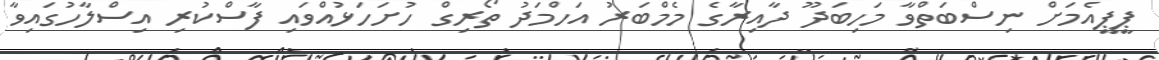
ޕީޕީއެމަށް ނިސްބަތްވާ މަހިބަދޫ ދާއިރާގެ މެމްބަރު އަހްމަދު ތޯރިގް ހުށަހަޅުއްވައި ފާސްކުރި އިސްލާހުގައިވާ